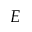
E